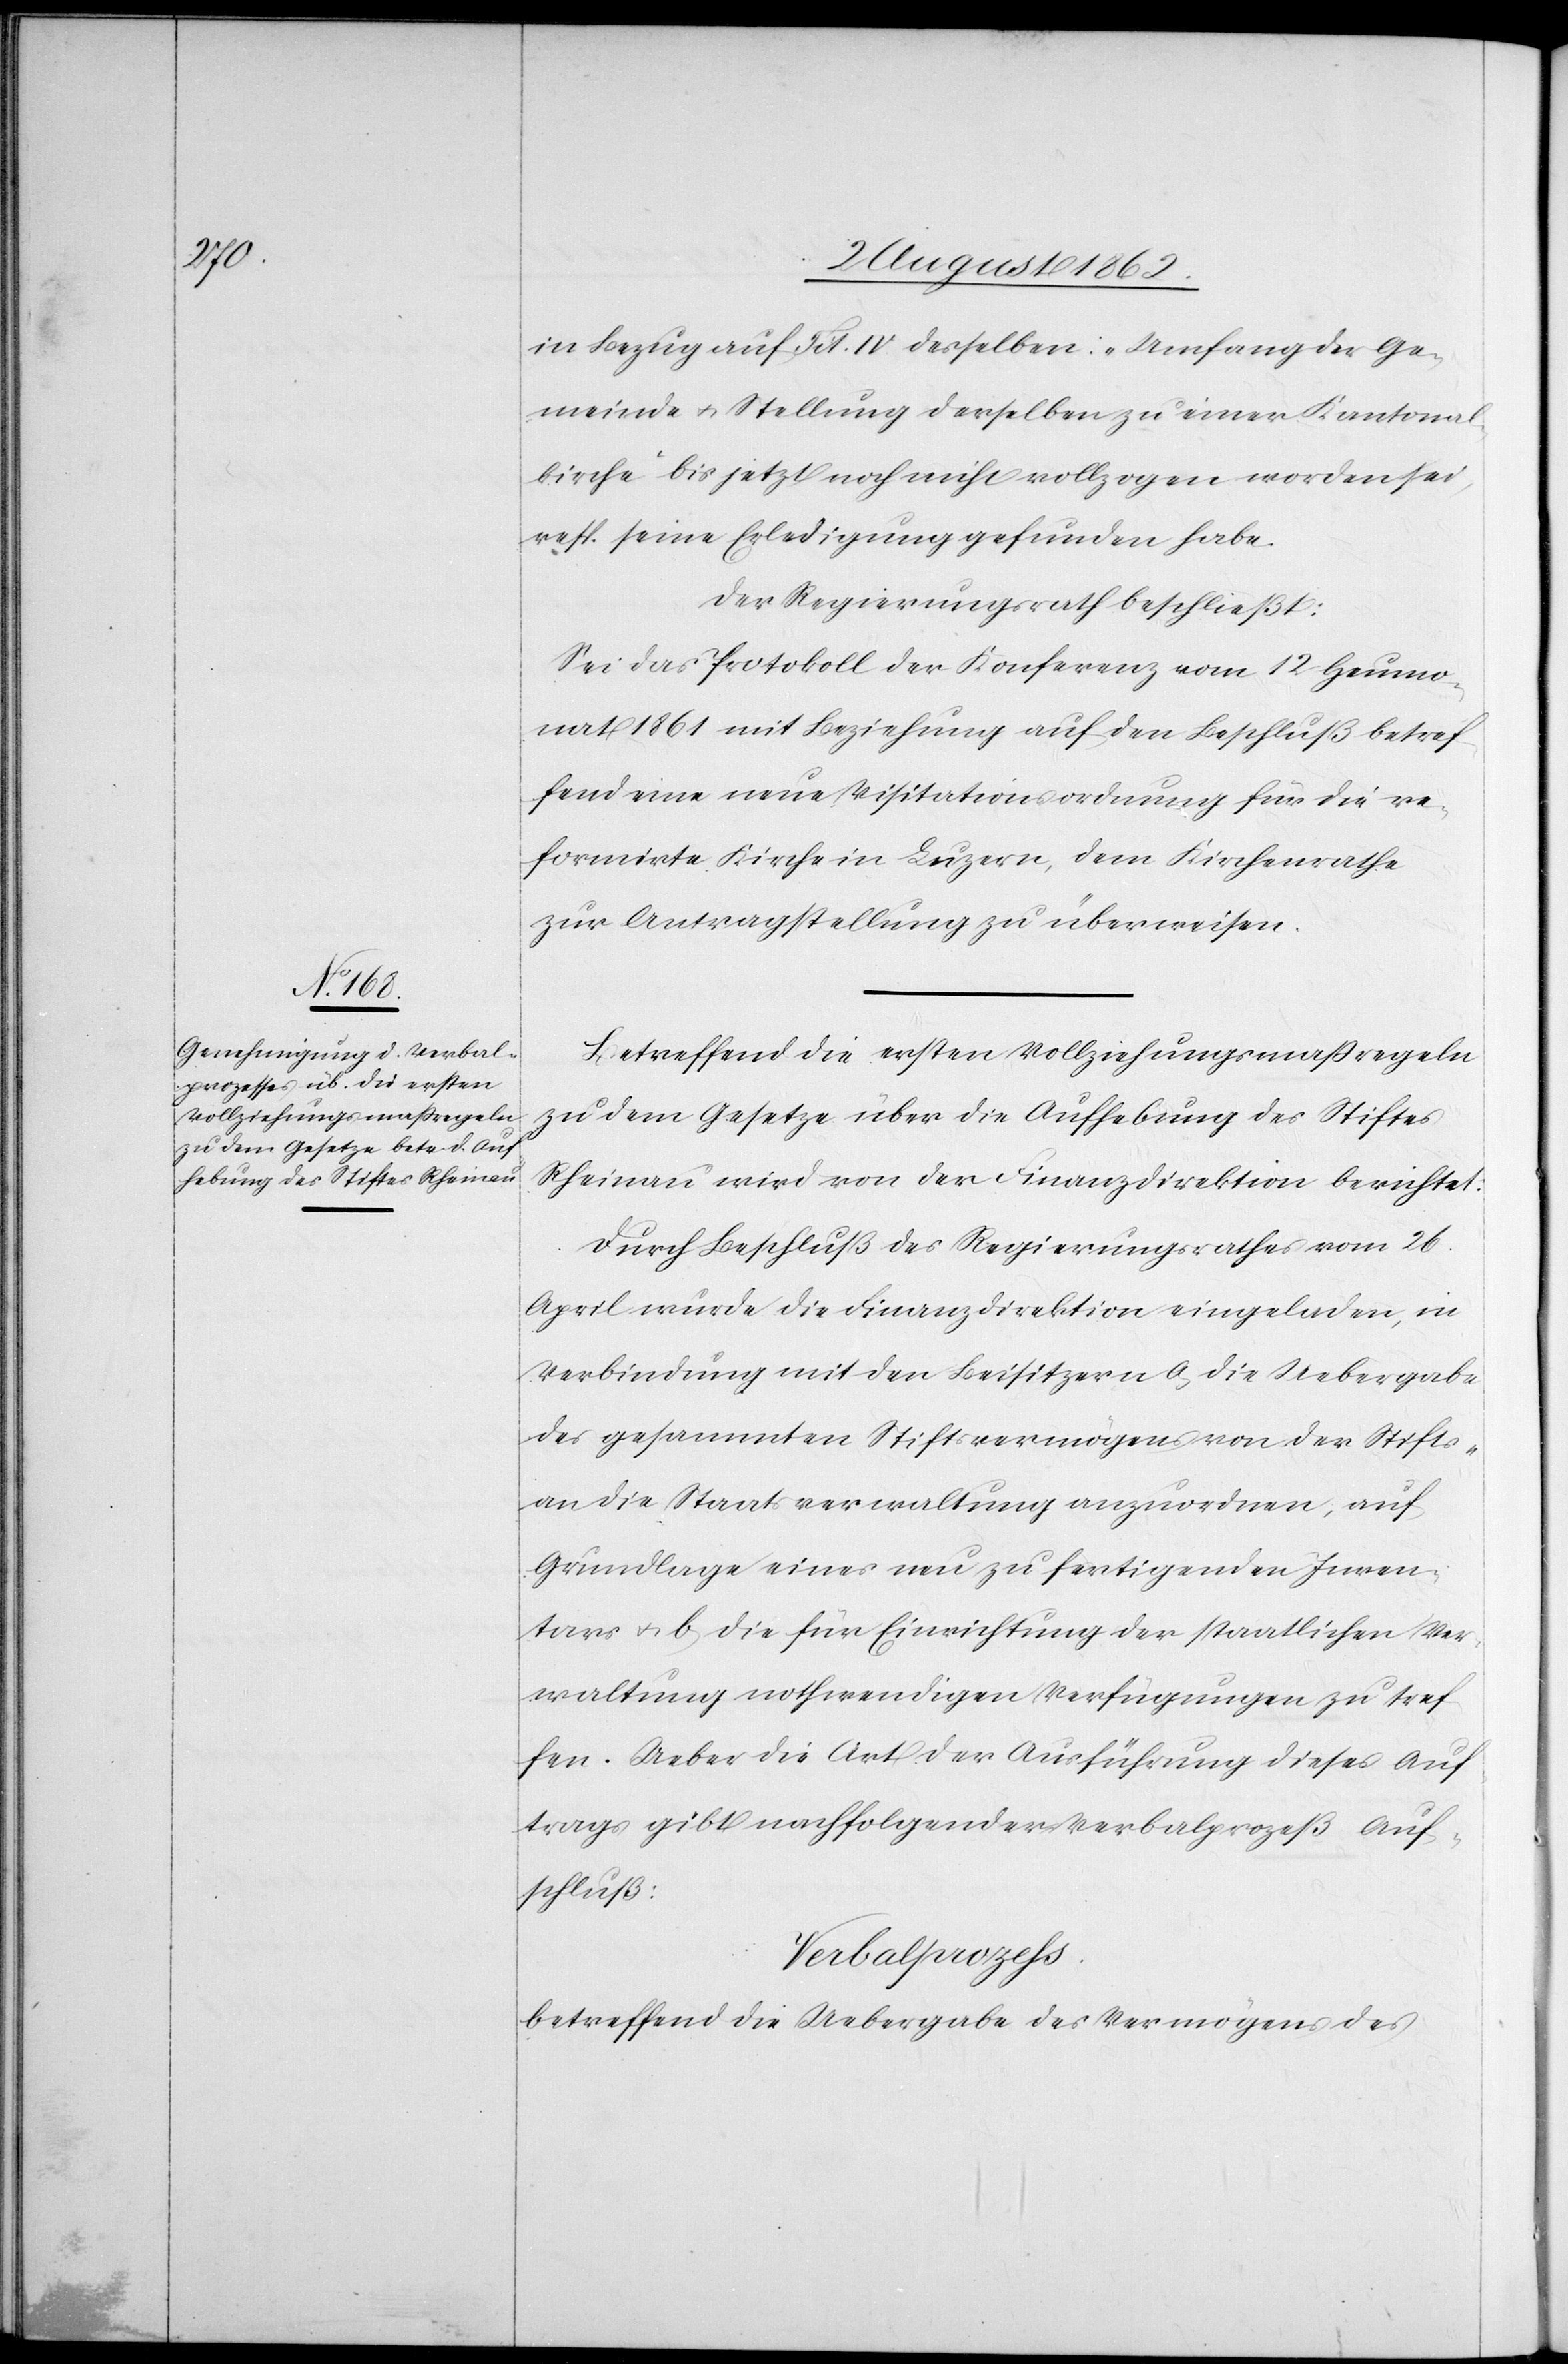
in Bezug auf Tit. IV. desselben: „Umfang der Ge¬
meinde u. Stellung derselben zu einer Kantonal¬
kirche“ bis jetzt noch nicht vollzogen worden sei,
resp. seine Erledigung gefunden habe.
Der Regierungsrath beschließt:
Sei das Protokoll der Konferenz vom 12. Heumo¬
nat 1861 mit Beziehung auf den Beschluß betref¬
fend eine neue Visitationsordnung für die re¬
formirte Kirche in Luzern, dem Kirchenrathe
zur Antragstellung zu überweisen.
Betreffend die ersten Vollziehungsmaßregeln
zu dem Gesetze über die Aufhebung des Stiftes
Rheinau wird von der Finanzdirektion berichtet:
Durch Beschluß des Regierungsrathes vom 26.
April wurde die Finanzdirektion eingeladen, in
Verbindung mit den Beisitzern a) die Uebergabe
des gesammten Stiftsvermögens von der Stifts-
an die Staatsverwaltung anzuordnen, auf
Grundlage eines neu zu fertigenden Inven¬
tars u. b) die für Einrichtung der staatlichen Ver¬
waltung nothwendigen Verfügungen zu tref¬
fen. Ueber die Art der Ausführung dieses Auf¬
trags gibt nachfolgender Verbalprozeß Auf¬
schluß:
Verbalprozess
betreffend die Uebergabe des Vermögens des